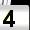
Digit: 4